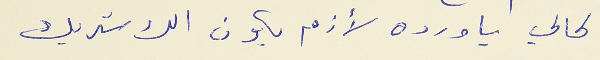
لحالي يا ورده لأزم يكون الك شريك